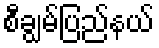
စီချွမ်ပြည်နယ်